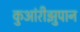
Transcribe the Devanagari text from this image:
कुआंरीझुपान